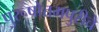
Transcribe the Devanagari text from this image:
पुरूषोत्तमपुरीचे